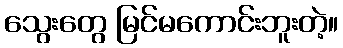
သွေးတွေ မြင်မကောင်းဘူးတဲ့။